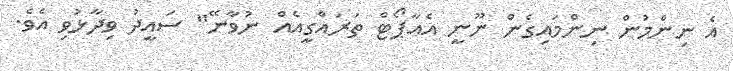
އެ ނިިންމުން ނިންމައިގެން ނޫނީ އެއާޕޯޓް ތަރައްގީއެއް ނުވާނޭ" ސައީދު ވިދާޅުވި އެވެ.